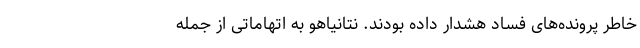
خاطر پرونده‌های فساد هشدار داده بودند. نتانیاهو به اتهاماتی از جمله